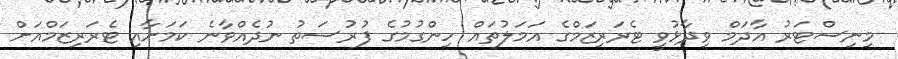
މިނިސްޓަރު އާދަމް ވިދާޅުވީ ޓެރަރިޒަމްގެ އަމަލުތައް ހިންގުމުގެ ފުރުސަތު ނުދެއްވާނެ ކަމަށާއި ޓެރަރިޒަމްއަށް